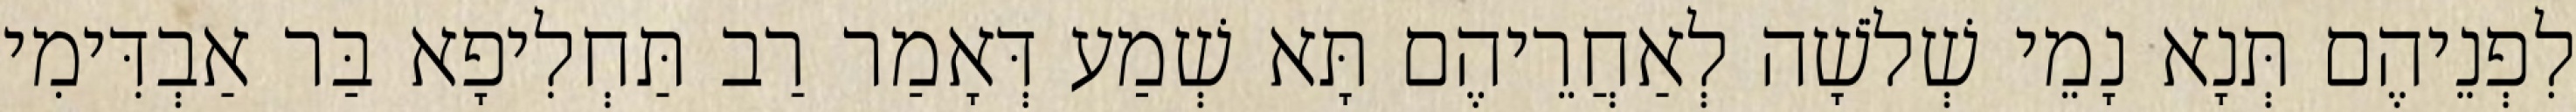
לִפְנֵיהֶם תְּנָא נָמֵי שְׁלֹשָׁה לְאַחֲרֵיהֶם תָּא שְׁמַע דְּאָמַר רַב תַּחְלִיפָא בַּר אַבְדִּימִי